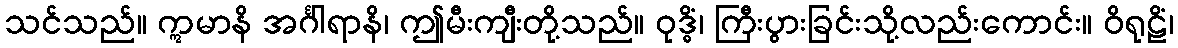
သင်သည်။ ဣမာနိ အင်္ဂါရာနိ၊ ဤမီးကျီးတို့သည်။ ဝုဒ္ဓိံ၊ ကြီးပွားခြင်းသို့လည်းကောင်း။ ဝိရုဠိံ၊